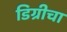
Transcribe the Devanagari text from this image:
डिग्रीचा